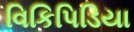
વિકિપિડિયા